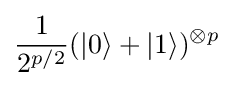
{\frac {1}{2^{p/2}}}(|0\rangle +|1\rangle )^{\otimes p}